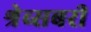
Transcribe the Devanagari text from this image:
श्रेव्सबरी